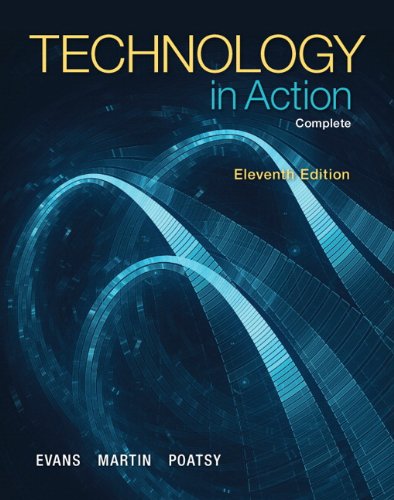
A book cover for Technology In Action, Complete (11th Edition); Alan Evans; Computers & Technology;